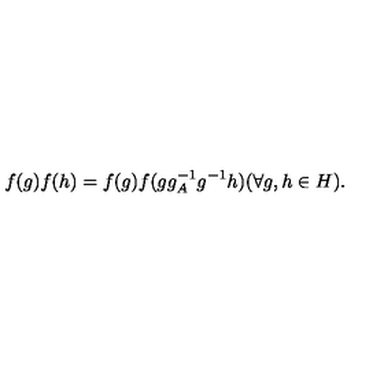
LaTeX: f ( g ) f ( h ) = f ( g ) f ( g g _ { A } ^ { - 1 } g ^ { - 1 } h ) ( \forall g , h \in H ) .